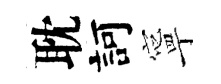
耽訶寧